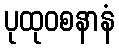
ပုထုဝစနာနံ